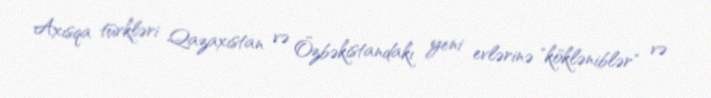
Axısqa türkləri Qazaxıstan və Özbəkistandakı yeni evlərinə "kökləniblər" və